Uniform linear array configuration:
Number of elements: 4
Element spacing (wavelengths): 0.25
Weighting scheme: hann
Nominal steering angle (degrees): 0
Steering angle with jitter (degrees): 0.0688
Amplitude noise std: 0.05
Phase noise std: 0.05

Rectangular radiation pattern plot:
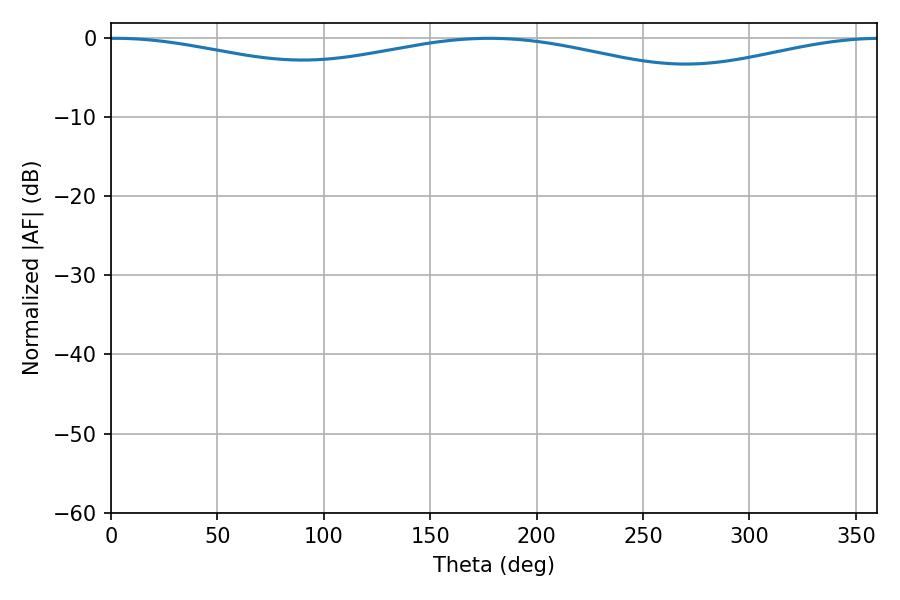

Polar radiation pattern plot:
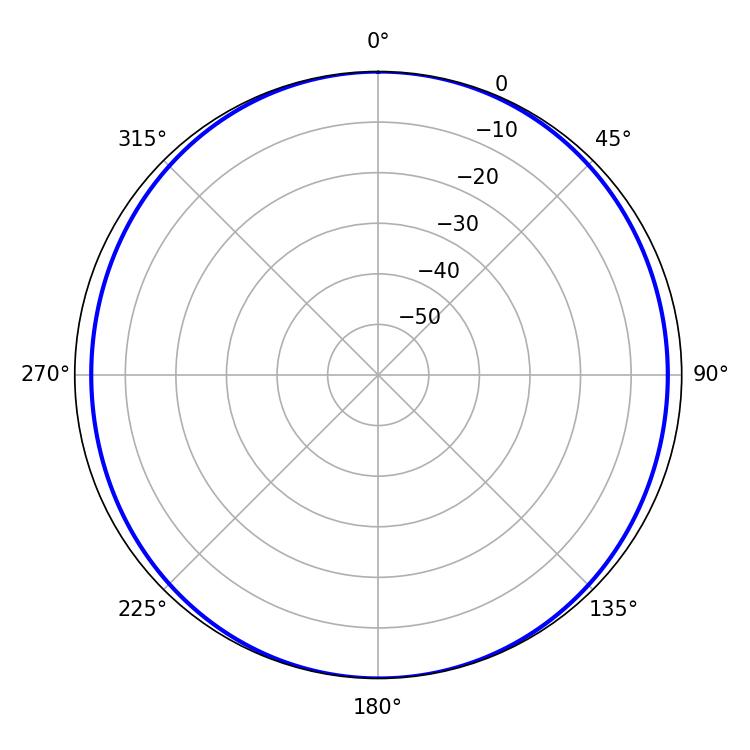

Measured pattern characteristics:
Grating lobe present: FALSE
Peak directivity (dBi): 12.827
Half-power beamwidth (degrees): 254.52
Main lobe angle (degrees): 2.16